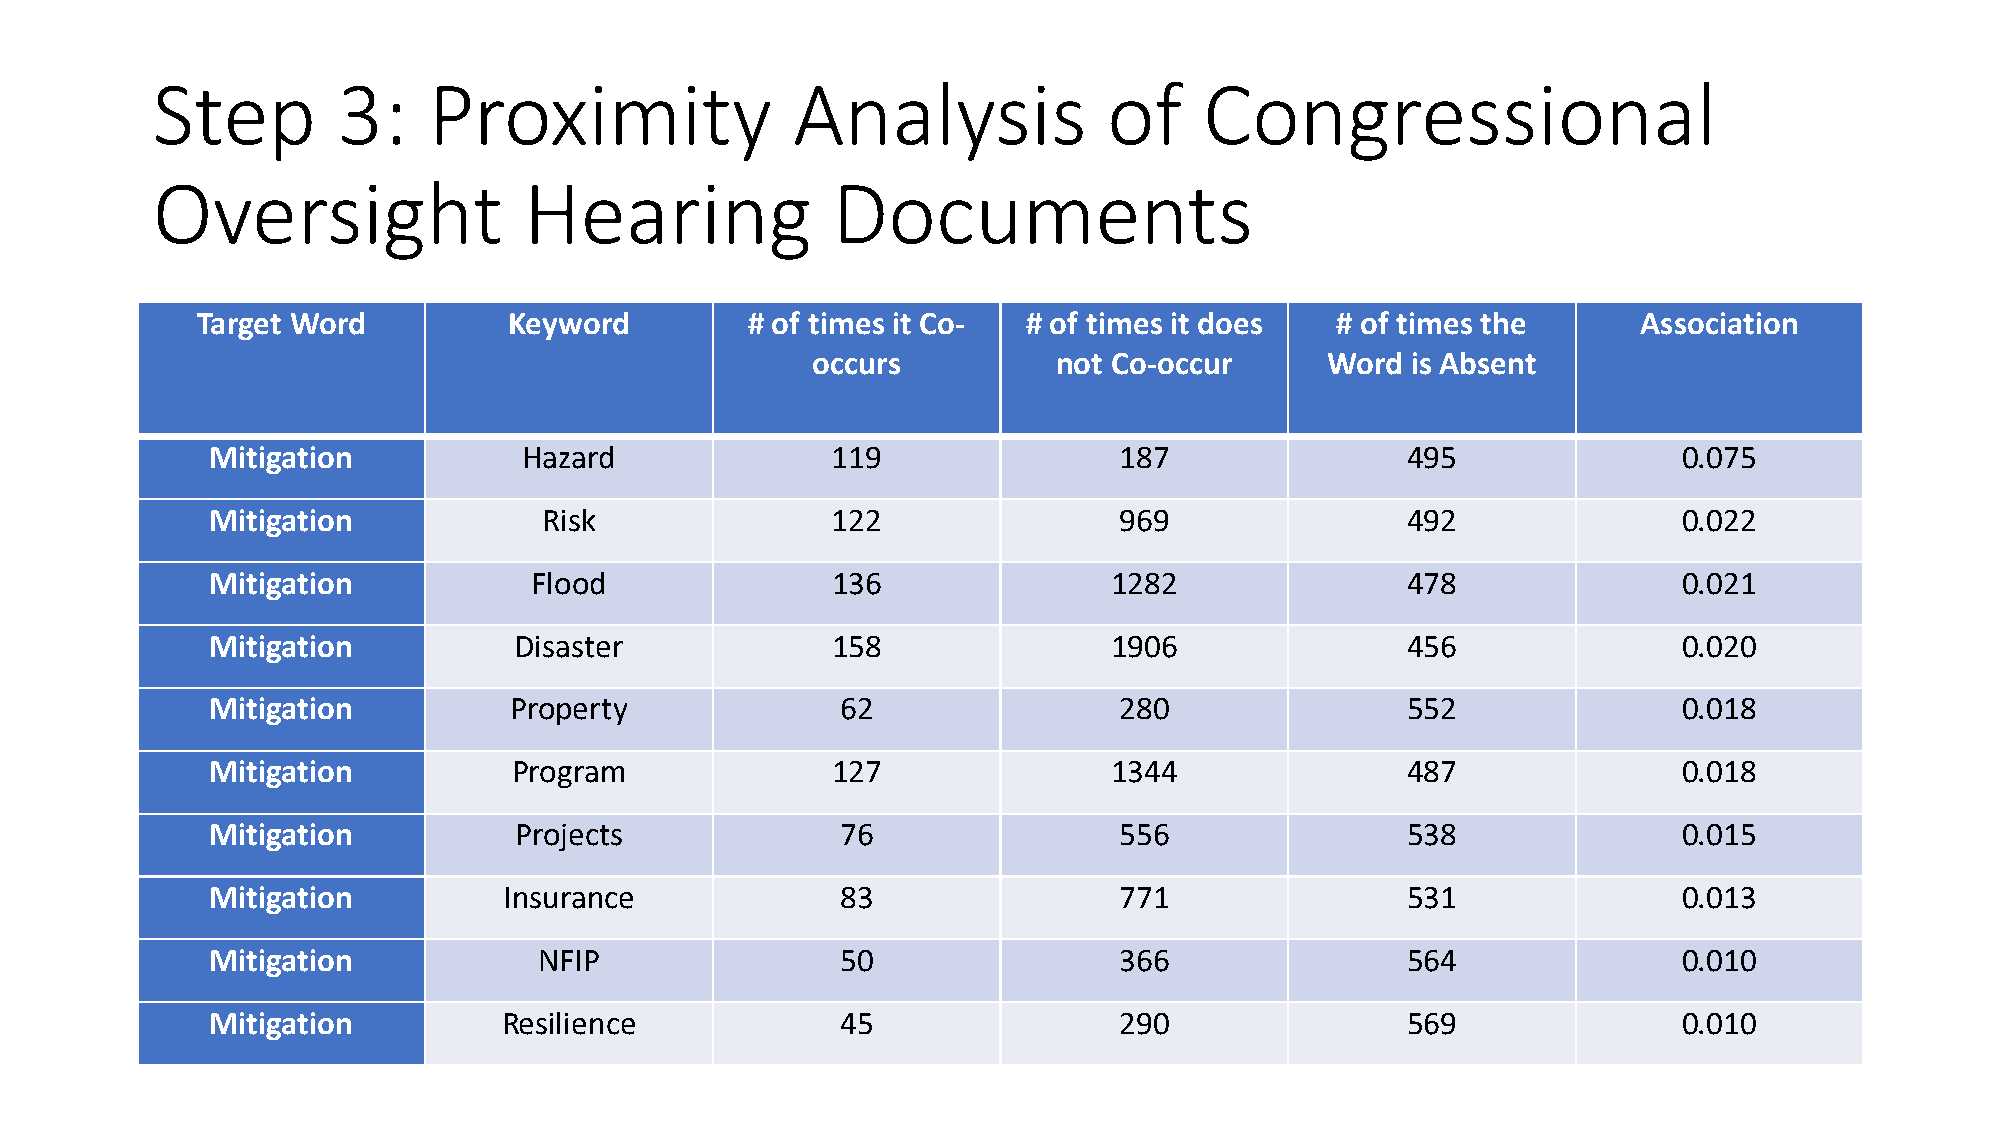
Step        3:    Proximity               Analysis             of     Congressional
 Oversight                Hearing             Documents
 Target Word          Keyword        # of times it Co-  # of times it does  # of times the       Association
 occurs          not Co-occur      Word is Absent
 Mitigation           Hazard              119                187                495               0.075
 Mitigation            Risk               122                969                492               0.022
 Mitigation           Flood               136               1282                478               0.021
 Mitigation          Disaster             158               1906                456               0.020
 Mitigation          Property              62                280                552               0.018
 Mitigation          Program              127               1344                487               0.018
 Mitigation          Projects              76                556                538               0.015
 Mitigation         Insurance              83                771                531               0.013
 Mitigation            NFIP                50                366                564               0.010
 Mitigation         Resilience             45                290                569               0.010